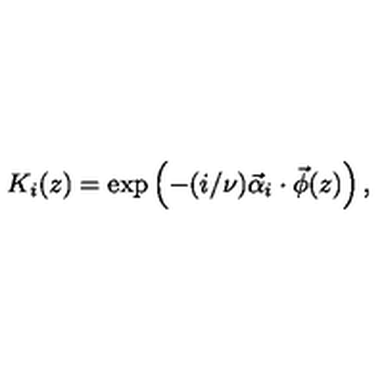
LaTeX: K _ { i } ( z ) = \exp \left( - ( i / \nu ) \vec { \alpha } _ { i } \cdot \vec { \phi } ( z ) \right) ,